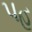
પહ